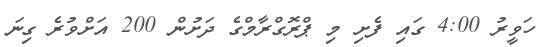
ހަވީރު 4:00 ގައި ފެށި މި ޕްރޮގްރާމްގެ ދަށުން 200 އަށްވުރެ ގިނަ